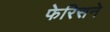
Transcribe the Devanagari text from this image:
फेरिसने